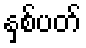
နှစ်ပတ်